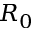
R _ { 0 }